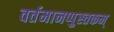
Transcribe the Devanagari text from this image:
वर्तमानप्पुस्तकम्